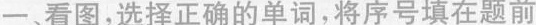
一、看图，选择正确的单词，将序号填在题前